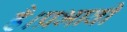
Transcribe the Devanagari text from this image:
है।प्रभावी